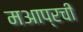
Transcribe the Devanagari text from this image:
मआप्रची